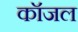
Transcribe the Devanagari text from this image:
कॉजल